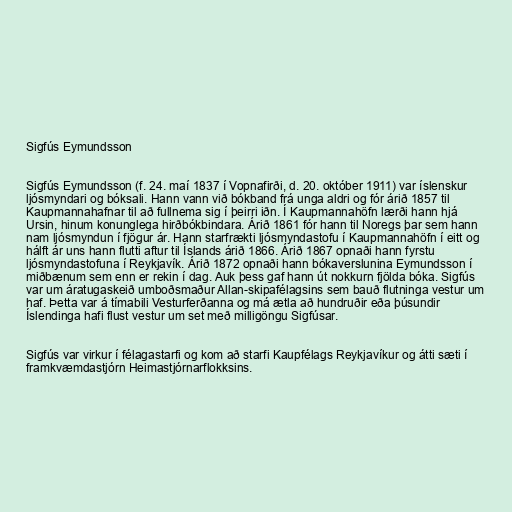
Sigfús Eymundsson

Sigfús Eymundsson (f. 24. maí 1837 í Vopnafirði, d. 20. október 1911) var íslenskur
ljósmyndari og bóksali. Hann vann við bókband frá unga aldri og fór árið 1857 til
Kaupmannahafnar til að fullnema sig í þeirri iðn. Í Kaupmannahöfn lærði hann hjá
Ursin, hinum konunglega hirðbókbindara. Árið 1861 fór hann til Noregs þar sem hann
nam ljósmyndun í fjögur ár. Hann starfrækti ljósmyndastofu í Kaupmannahöfn í eitt og
hálft ár uns hann flutti aftur til Íslands árið 1866. Árið 1867 opnaði hann fyrstu
ljósmyndastofuna í Reykjavík. Árið 1872 opnaði hann bókaverslunina Eymundsson í
miðbænum sem enn er rekin í dag. Auk þess gaf hann út nokkurn fjölda bóka. Sigfús
var um áratugaskeið umboðsmaður Allan-skipafélagsins sem bauð flutninga vestur um
haf. Þetta var á tímabili Vesturferðanna og má ætla að hundruðir eða þúsundir
Íslendinga hafi flust vestur um set með milligöngu Sigfúsar.

Sigfús var virkur í félagastarfi og kom að starfi Kaupfélags Reykjavíkur og átti sæti í
framkvæmdastjórn Heimastjórnarflokksins.